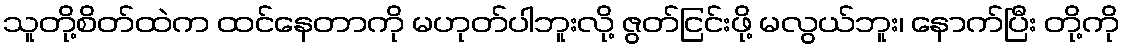
သူတို့စိတ်ထဲက ထင်နေတာကို မဟုတ်ပါဘူးလို့ ဇွတ်ငြင်းဖို့ မလွယ်ဘူး၊ နောက်ပြီး တို့ကို